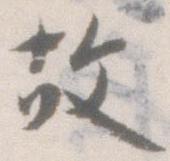
故